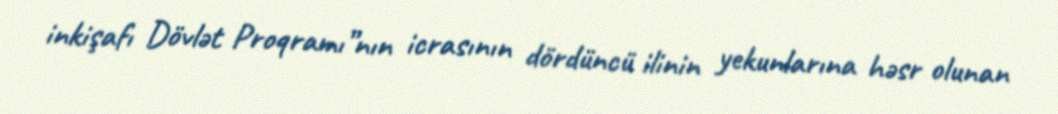
inkişafı Dövlət Proqramı”nın icrasının dördüncü ilinin yekunlarına həsr olunan